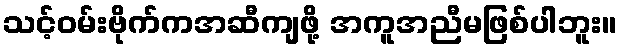
သင့်ဝမ်းဗိုက်ကအဆီကျဖို့ အကူအညီမဖြစ်ပါဘူး။